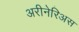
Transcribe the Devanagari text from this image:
अरीनेरिअस